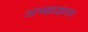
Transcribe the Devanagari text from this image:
अच्छाज्ञाता